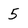
Character: 5